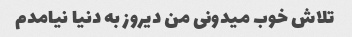
تلاش خوب میدونی من دیروز به دنیا نیامدم